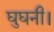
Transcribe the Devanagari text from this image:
घुघनी।